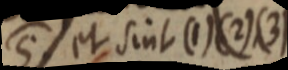
S et sint (1) (2) (3)